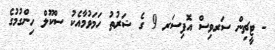
- ޓީޗިން ސަރވިސް އޮފިސަރ 9 ގެ ޝަރުތު ހަމަވުމާއެކު ސްކޫލް ހިންގުމުގެ